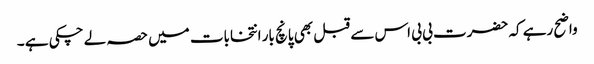
واضح رہے کہ حضرت بی بی اس سے قبل بھی پانچ بار انتخابات میں حصہ لے چکی ہے ۔